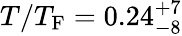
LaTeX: T/T_{\mathrm{F}}=0.24_{-8}^{+7}